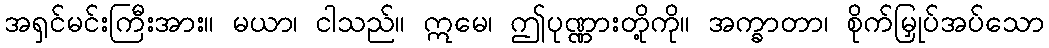
အရှင်မင်းကြီးအား။ မယာ၊ ငါသည်။ ဣမေ၊ ဤပုဏ္ဏားတို့ကို။ အက္ခာတာ၊ စိုက်မြှုပ်အပ်သော